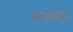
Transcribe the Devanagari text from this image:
साइकेड्स